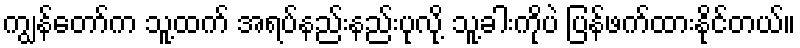
ကျွန်တော်က သူ့ထက် အရပ်နည်းနည်းပုလို့ သူ့ခါးကိုပဲ ပြန်ဖက်ထားနိုင်တယ်။